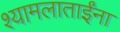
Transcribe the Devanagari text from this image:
श्यामलाताईंना